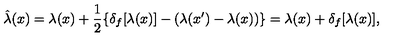
\hat { \lambda } ( x ) = \lambda ( x ) + \frac { 1 } { 2 } \{ \delta _ { f } [ \lambda ( x ) ] - ( \lambda ( x ^ { \prime } ) - \lambda ( x ) ) \} = \lambda ( x ) + \delta _ { f } [ \lambda ( x ) ] ,